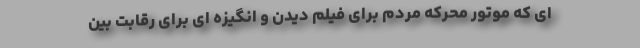
ای که موتور محرکه مردم برای فیلم دیدن و انگیزه ای برای رقابت بین